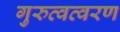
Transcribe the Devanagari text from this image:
गुरुत्वत्वरण